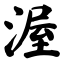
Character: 渥